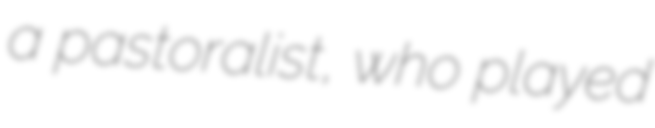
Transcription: a pastoralist, who played